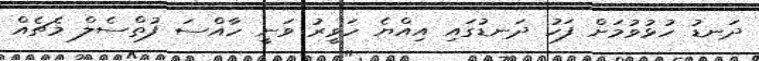
ދަނޑު ހުޅުވުމަށް ފަހު ދަނޑުގައި އިއްޔެ ހަވީރު ވަނީ ހާއްސަ ފުތްސެލް މެޗެއް